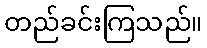
တည်ခင်းကြသည်။